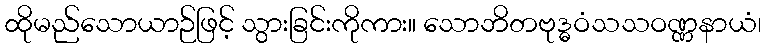
ထိုမည်သောယာဉ်ဖြင့် သွားခြင်းကိုကား။ သောဘိတဗုဒ္ဓဝံသသဝဏ္ဏနာယံ၊